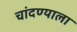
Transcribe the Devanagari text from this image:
चांदण्याला